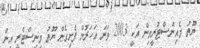
ޔޫތު މެއިންސްޓްރީމިން އަކީ 2003 ވަނަ އަހަރުން ފެށިގެން ޔޫތު މިނިސްޓްރީ އިން